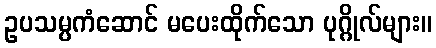
ဥပသမ္ပကံဆောင် မပေးထိုက်သော ပုဂ္ဂိုလ်များ။